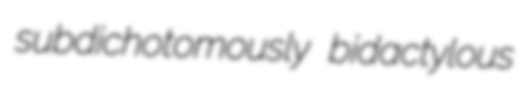
subdichotomously bidactylous